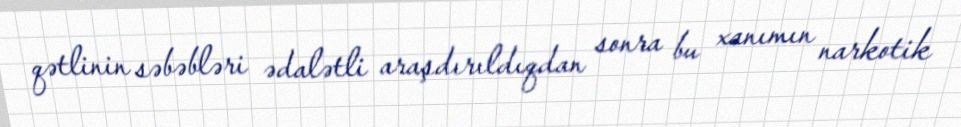
qətlinin səbəbləri ədalətli araşdırıldıqdan sonra bu xanımın narkotik